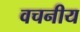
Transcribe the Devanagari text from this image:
वचनीय